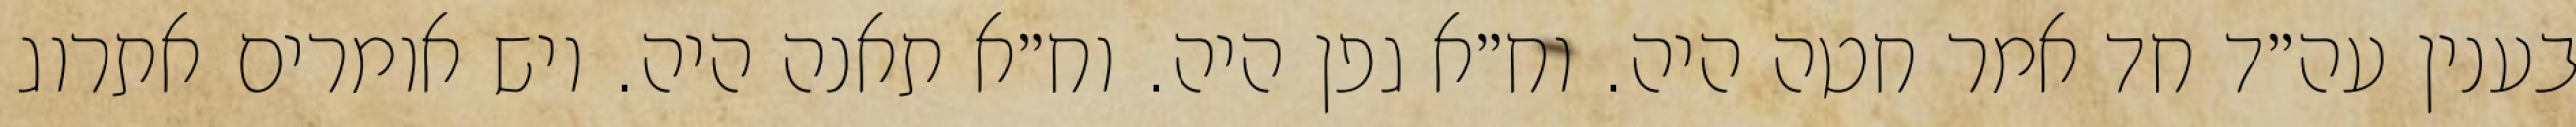
בענין עה״ד חד אמר חטה היה. וח״א גפן היה. וח״א תאנה היה. ויש אומרים אתרוג